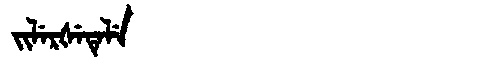
Manchu: ᠵᡳᠯᡝᡵᡧᡝᡨᡝᠯᡝ
Romanization: JILERŠETELE